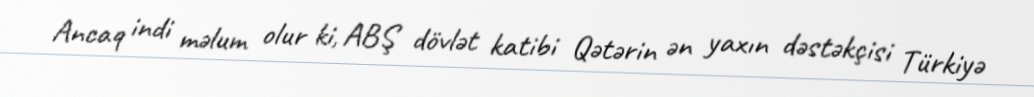
Ancaq indi məlum olur ki, ABŞ dövlət katibi Qətərin ən yaxın dəstəkçisi Türkiyə